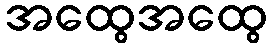
အထွေအထွေ